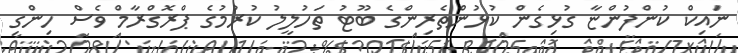
ނައިކް ކުންފުންޏާ ގުޅިގެން ކުޅުންތެރިންގެ ބޫޓު ތަހުލީލު ކުރުމުގެ ޕްރޮގްރާމް ވެސް ހިންގި